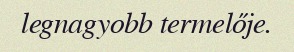
legnagyobb termelője.